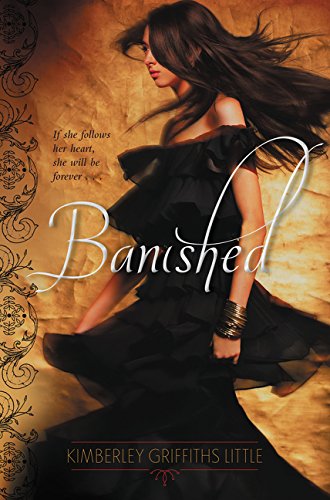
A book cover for Banished (Forbidden); Kimberley Griffiths Little; Teen & Young Adult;